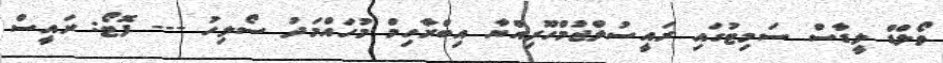
ވޯލްޑް ލީޑާސް ސަމިޓުގައި ރައީސުލްޖުމްހޫރިއްޔާ އިބްރާހިމް މުހައްމަދު ސޯލިހު --- ފޮޓޯ: ރައީސް